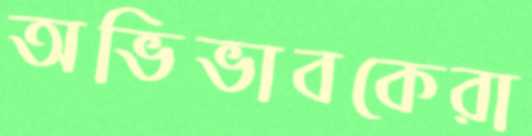
অভিভাবকেরা